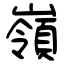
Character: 嶺